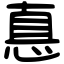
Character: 惪